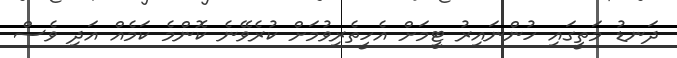
ދަނޑު މަތީގައި ހުންނައިރު ޓީމަށް އެހީތެރިވުމަށް ކުރެވޭނެ ކޮންމެ ކަމެއް އަދި ވެސް